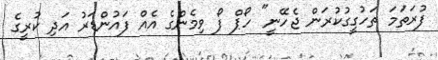
ފުރަތަމަ ތަހުގީގުކުރަން ޖެހޭނީ" ހޯޕް ފޯ ވިމެންގެ އެއް ފައުންޑަރު އަދި ކުރީގެ